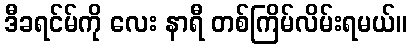
ဒီခရင်မ်ကို လေး နာရီ တစ်ကြိမ်လိမ်းရမယ်။